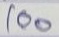
100